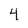
Character: 4